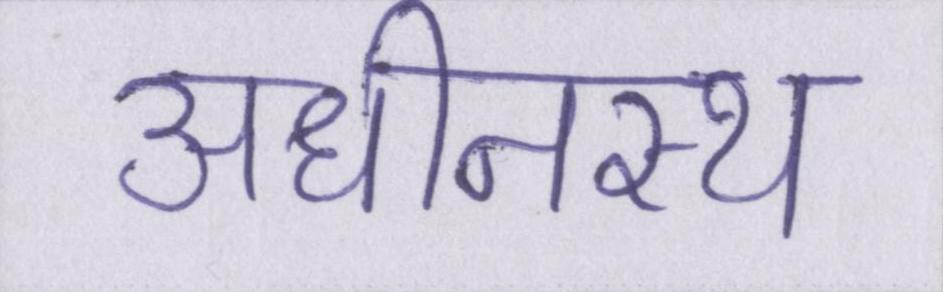
अधीनस्थ